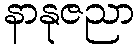
နာနုဇညာ